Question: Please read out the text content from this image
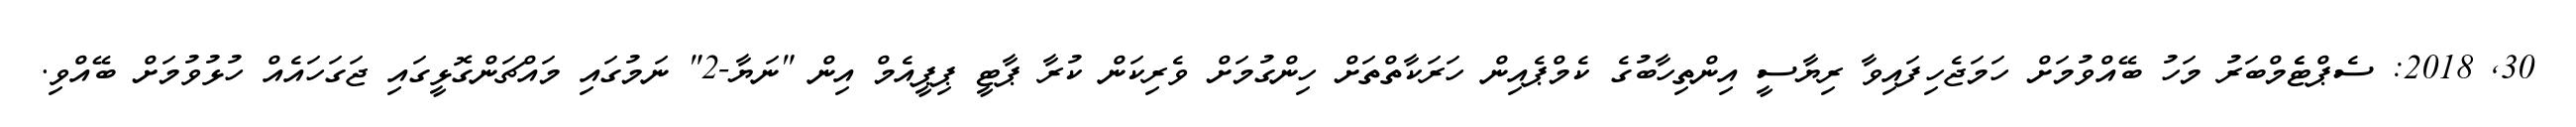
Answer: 30, 2018: ސެޕްޓެެމްބަރު މަހު ބޭއްވުމަށް ހަމަޖެހިފައިވާ ރިޔާސީ އިންތިހާބުގެ ކެމްޕެއިން ހަރަކާތްތަށް ހިންގުމަށް ވެރިކަން ކުރާ ޕާޓީ ޕިޕީއެމް އިން "ނަޔާ-2" ނަމުގައި މައްޗަންގޮޅީގައި ޖަގަހައެއް ހުޅުވުމަށް ބޭއްވި.